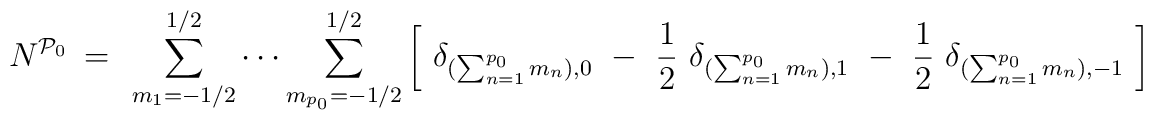
N^{{\cal P}_0}~=~\sum_{m_1= -1/2}^{1/2} \cdots \sum_{m_{p_0}=-1/2}^{1/2}\left[ ~\delta_{(\sum_{n=1}^{p_0} m_n), 0}~-~\frac12~ \delta_{(\sum_{n=1}^{p_0}m_n), 1}~-~\frac12 ~\delta_{(\sum_{n=1}^{p_0} m_n), -1} ~\right ]